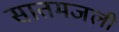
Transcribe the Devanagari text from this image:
सातमजली